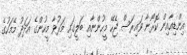
އިންޑިއާއިން ކޮރޯނާ ވައިރަސް ޖެހޭ މީހުންނާއި ބަލީގައި މަރުވާ މީހުންގެ އަދަދު މޭމަހުގެ